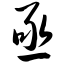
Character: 亟